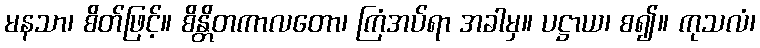
မနသာ၊ စိတ်ဖြင့်။ စိန္တိတကာလတော၊ ကြံအပ်ရာ အခါမှ။ ပဋ္ဌာယ၊ စ၍။ ကုသလံ၊